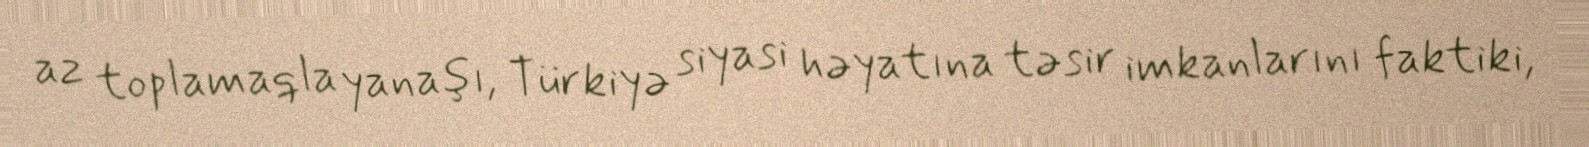
az toplamaqla yanaşı, Türkiyə siyasi həyatına təsir imkanlarını faktiki,